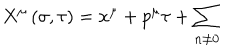
X ^ { \mu } \left( \sigma , \tau \right) = x ^ { \mu } + p ^ { \mu } \tau + \sum _ { n \neq 0 }